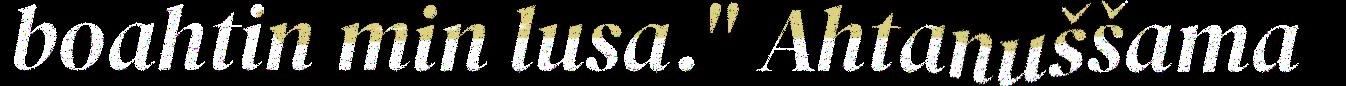
boahtin min lusa." Ahtanuššama